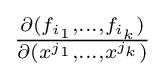
{\textstyle {\frac {\partial (f_{i_{1}},\ldots ,f_{i_{k}})}{\partial (x^{j_{1}},\ldots ,x^{j_{k}})}}}